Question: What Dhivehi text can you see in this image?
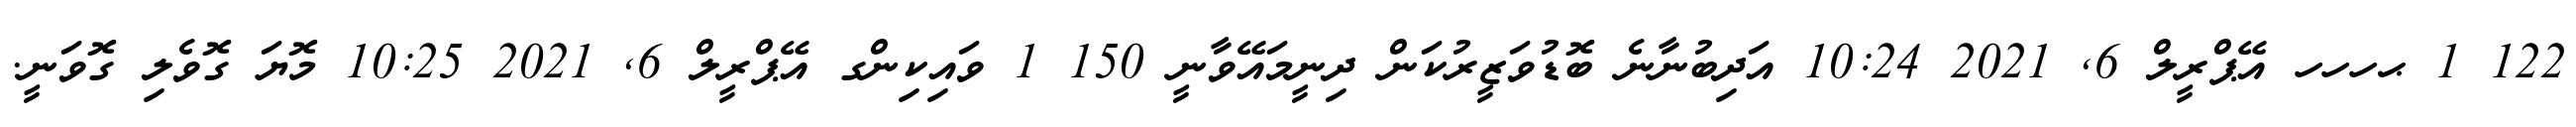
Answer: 122 1 ޙހހހ އޭޕްރީލް 6, 2021 10:24 އަދިބުނާނެ ބޮޑުވަޒީރުކަން ދިނީމައޭވާނީ 150 1 ވައިކިންގ އޭޕްރީލް 6, 2021 10:25 މޮޔަ ގޮވެލި ގޮވަނީ.